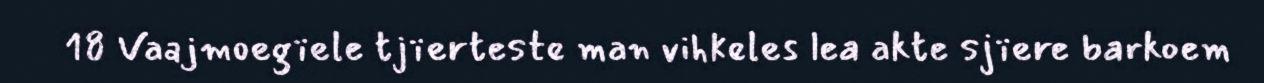
18 Vaajmoegïele tjïerteste man vihkeles lea akte sjïere barkoem